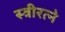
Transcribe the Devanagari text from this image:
स्त्रीरत्ने